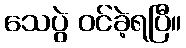
သေပွဲ ဝင်ခဲ့ရပြီ။